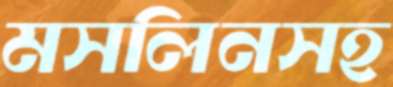
মসলিনসহ